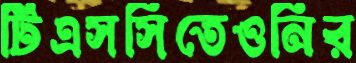
টিএসসিতেওনির